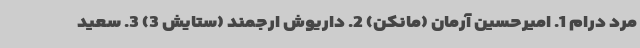
مرد درام 1. امیرحسین آرمان (مانکن) 2. داریوش ارجمند (ستایش 3) 3. سعید